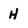
Character: H